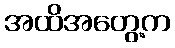
အထိအတွေ့က